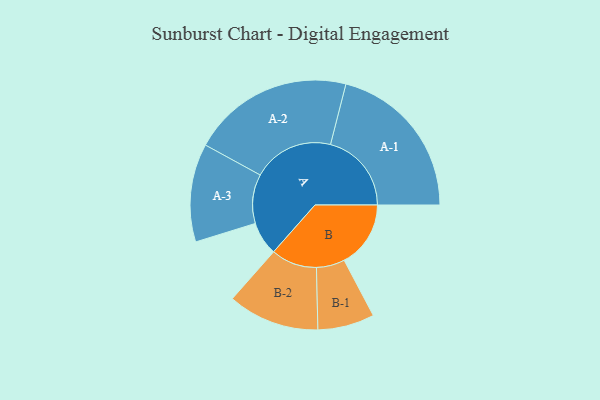
{"axis": {"x": "Segment", "y": "Value"}, "legend": ["", "A", "B"], "data": [{"x": "A", "y": 123, "type": ""}, {"x": "B", "y": 244, "type": ""}, {"x": "A-1", "y": 297, "type": "A"}, {"x": "A-2", "y": 297, "type": "A"}, {"x": "A-3", "y": 180, "type": "A"}, {"x": "B-1", "y": 104, "type": "B"}, {"x": "B-2", "y": 168, "type": "B"}]}